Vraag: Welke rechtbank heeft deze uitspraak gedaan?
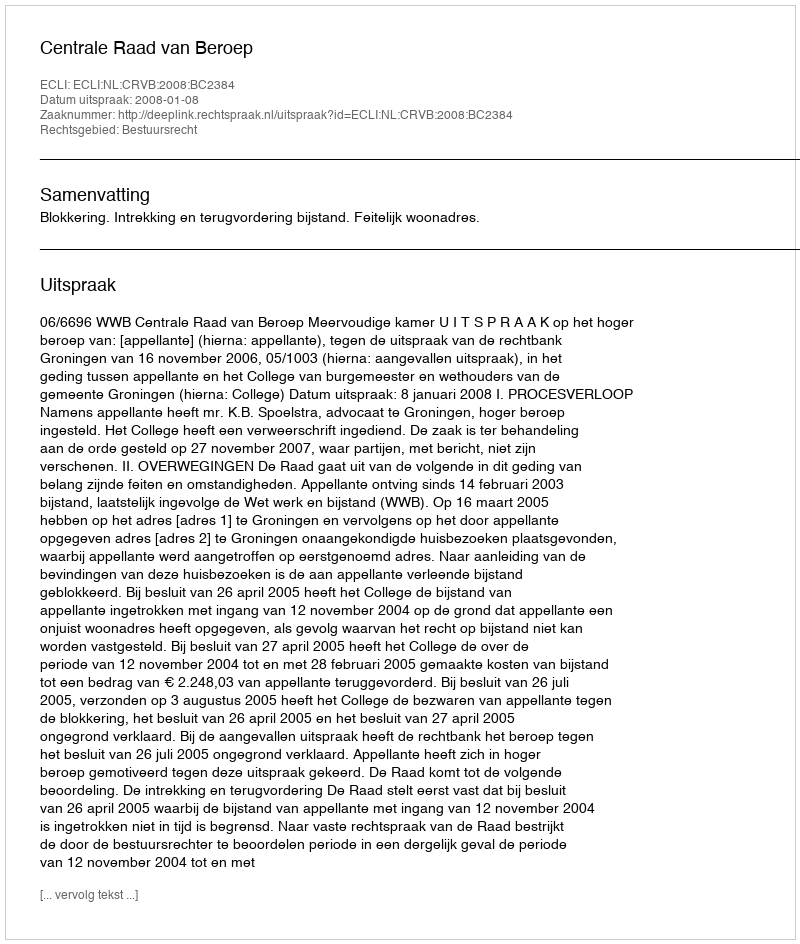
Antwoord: Centrale Raad van Beroep